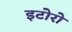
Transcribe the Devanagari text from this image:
इटोरो